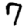
Digit: 7